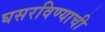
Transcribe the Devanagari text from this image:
घसरविण्याची